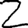
Digit: 2